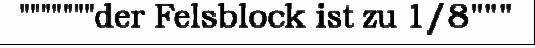
"""""""der Felsblock ist zu 1/8"""